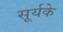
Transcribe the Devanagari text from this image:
सूर्यके